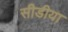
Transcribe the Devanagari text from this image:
सीडीया